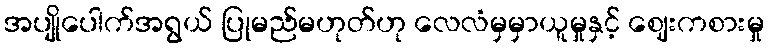
အပျိုပေါက်အရွယ် ပြုမည်မဟုတ်ဟု လေလံမှမှာယူမှုနှင့် ဈေးကစားမှု